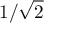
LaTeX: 1 / { \sqrt { 2 } }